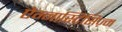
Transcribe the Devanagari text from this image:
ऐग्नास्टिसिज़्म